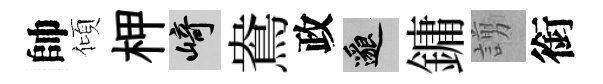
帥傾柙崎鴦政邈鏞謭銜